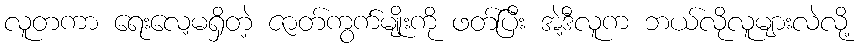
လူတကာ ရေးလေ့မရှိတဲ့ ဇာတ်ကွက်မျိုးကို ဖတ်ပြီး အဲ့ဒီလူက ဘယ်လိုလူများလဲလို့